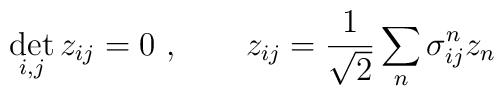
\det_{i,j} z_{ij} = 0\ ,\qquad z_{ij} ={1\over \sqrt{2}}\sum_n \sigma^n_{ij} z_n